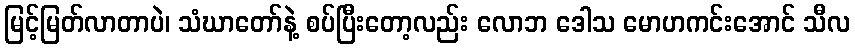
မြင့်မြတ်လာတာပဲ၊ သံဃာတော်နဲ့ စပ်ပြီးတော့လည်း လောဘ ဒေါသ မောဟကင်းအောင် သီလ